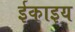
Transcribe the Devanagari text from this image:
ईकाइय